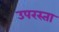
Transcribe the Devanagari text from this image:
उपरस्ता